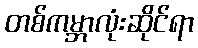
တစ်ကမ္ဘာလုံးဆိုင်ရာ